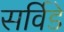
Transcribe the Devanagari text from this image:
सर्विडे